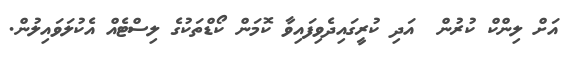
އަށް ލިންކް ކުރުން  އަދި ކުރީގައިދެވިފައިވާ ކޮމަން ކޯޑްތަކުގެ ލިސްޓެއް އެކުލަވައިލުން.